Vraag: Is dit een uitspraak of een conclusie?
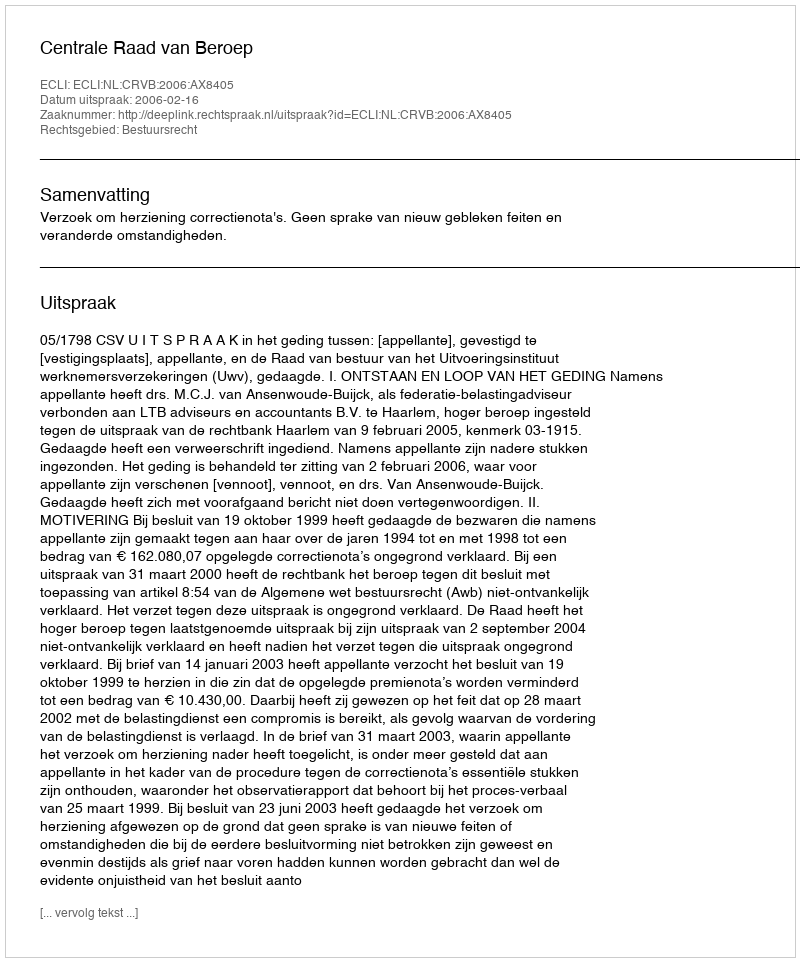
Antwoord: Uitspraak